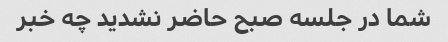
شما در جلسه صبح حاضر نشدید چه خبر